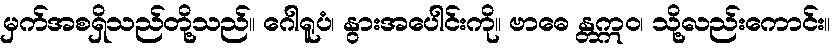
မှက်အစရှိသည်တို့သည်။ ဂေါရူပံ၊ နွားအပေါင်းကို။ ဗာဓေ န္တဣဝ၊ သို့လည်းကောင်း။